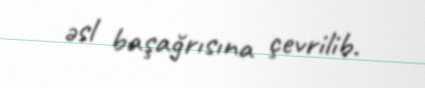
əsl başağrısına çevrilib.